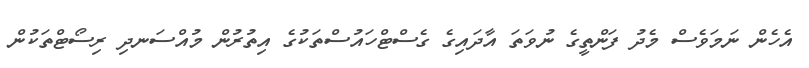
އެހެން ނަމަވެސް މެދު ފަންތީގެ ނުވަތަ އާދައިގެ ގެސްޓްހައުސްތަކުގެ އިތުރުން މުއްސަނދި ރިސޯޓްތަކުން